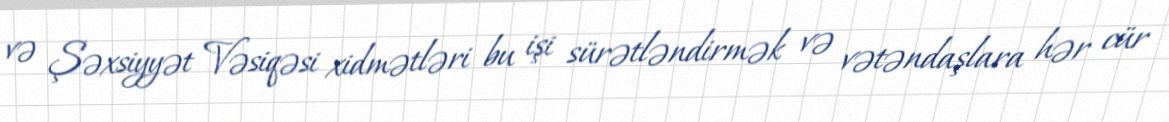
və Şəxsiyyət Vəsiqəsi xidmətləri bu işi sürətləndirmək və vətəndaşlara hər cür